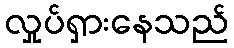
လှုပ်ရှားနေသည်